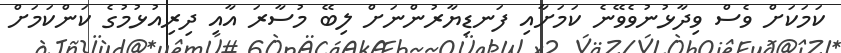
ކަމަކަށް ވެސް ވިދާޅުނުވެވޭނެ ކަމަށާއި ފަނޑިޔާރުންނަށް ލިބޭ މުސާރަ އާއި ދިރިއުޅުމުގެ ކަންކަމަށް